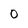
Character: 0